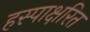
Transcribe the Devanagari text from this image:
हस्पाक्षरित